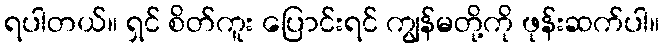
ရပါတယ်။ ရှင် စိတ်ကူး ပြောင်းရင် ကျွန်မတို့ကို ဖုန်းဆက်ပါ။